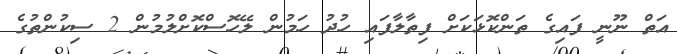
އަތް ނޫނީ ފައިގެ ތަންކޮޅަކަށް ފިތާލާފައި ހުދު ހަމުން ލޭހޮސްކޮށްލުމުން 2 ސިކުންތުގެ